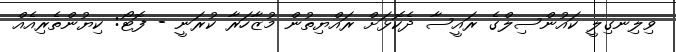
ވިލިނގިލީ ކައުންސިލްގެ ރައީސާ ދެކޮޅަށް ރައްޔިތުން މުޒާހަރާ ކުރަނީ - ފޮޓޯ: ކިޔުންތެރިއެއް